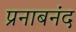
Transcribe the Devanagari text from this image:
प्रनाबनंद